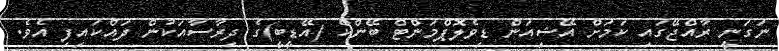
ނަގަނީ ރާއްޖޭގައި ކަމަށް އޭޝިއަން ޑިވެލޮޕްމަންޓް ބޭންކް (އޭޑީބީ)ގެ ދިރާސާއަކުން ދައްކައިފި އެވެ.